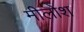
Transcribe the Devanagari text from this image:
मीलोश